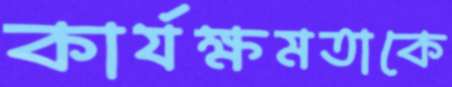
কার্যক্ষমতাকে